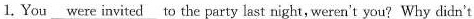
1. You \underline{were invited} To the party last night, weren't you? Why didn't